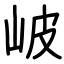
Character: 岥